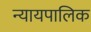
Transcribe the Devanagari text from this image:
न्यायपालिक